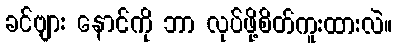
ခင်ဗျား နောင်ကို ဘာ လုပ်ဖို့စိတ်ကူးထားလဲ။